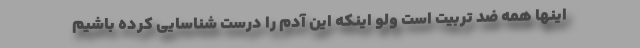
اینها همه ضد تربیت است ولو اینکه این آدم را درست شناسایی کرده باشیم